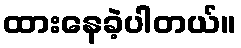
ထားနေခဲ့ပါတယ်။